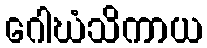
ဂေါဃံသိကာယ